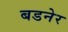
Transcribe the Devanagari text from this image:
बडनेर